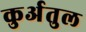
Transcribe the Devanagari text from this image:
कुर्अतुल